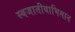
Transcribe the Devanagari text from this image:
स्वजातीयाभिमान